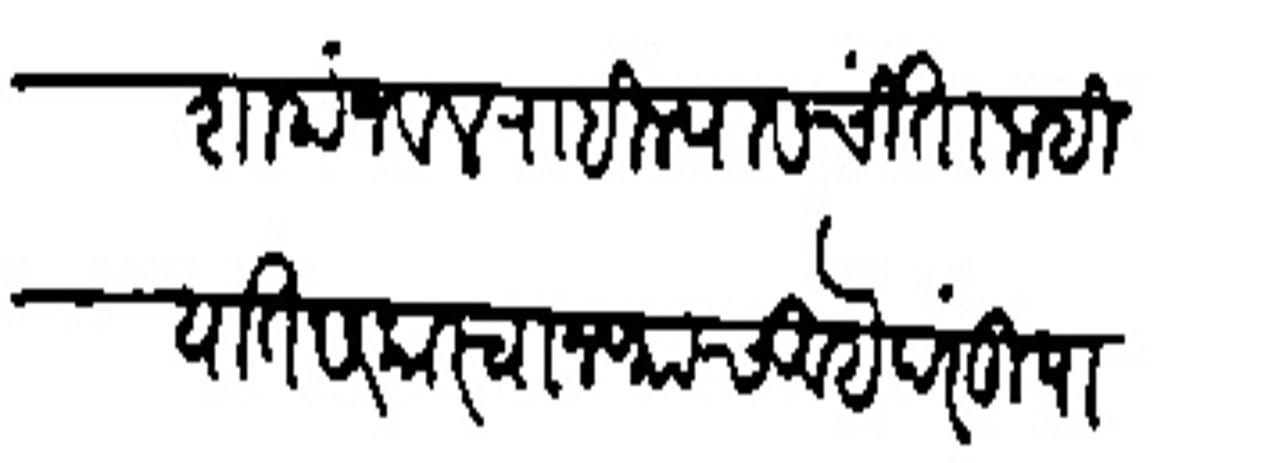
Transliteration (Devanagari): शाहाजवल राहिल्यास चिंता नाही यात सरकारचा नफाच आहे परंतु